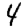
Digit: 4